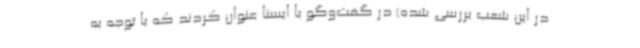
در این شعب بررسی شده) در گفت‌وگو با ایسنا عنوان کردند که با توجه به